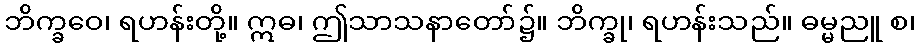
ဘိက္ခဝေ၊ ရဟန်းတို့။ ဣဓ၊ ဤသာသနာတော်၌။ ဘိက္ခု၊ ရဟန်းသည်။ ဓမ္မညူ စ၊